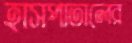
হাসপাতালের